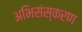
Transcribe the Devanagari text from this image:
अभिसंस्करण